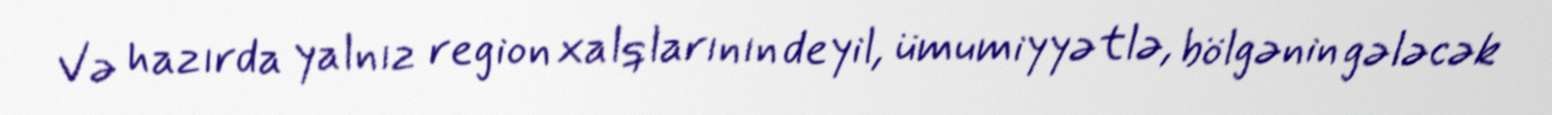
Və hazırda yalnız region xalqlarının deyil, ümumiyyətlə, bölgənin gələcək